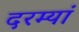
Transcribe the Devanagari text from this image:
दरम्यां